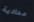
معادية